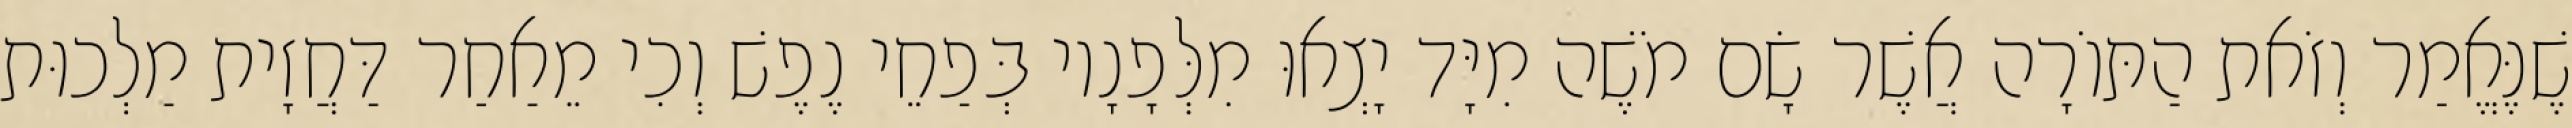
שֶׁנֶּאֱמַר וְזֹאת הַתּוֹרָה אֲשֶׁר שָׂם מֹשֶׁה מִיָּד יָצְאוּ מִלְּפָנָיו בְּפַחֵי נֶפֶשׁ וְכִי מֵאַחַר דַּחֲזָית מַלְכוּת